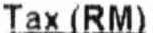
TAX (RM)